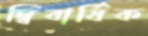
দ্বিবার্ষিক